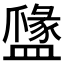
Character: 𥂼